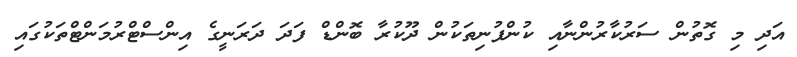
އަދި މި ގޮތުން ސަރުކާރުންނާއި ކުންފުނިތަކުން ދޫކުރާ ބޮންޑް ފަދަ ދަރަނީގެ އިންސްޓްރުމަންޓްތަކުގައި